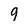
Character: 9